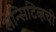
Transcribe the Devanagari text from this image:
सेन्सिटिव्हची